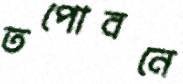
তপোবনে